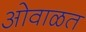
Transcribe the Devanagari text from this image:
ओवाळत